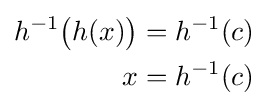
{\begin{aligned}h^{-1}{\bigl (}h(x){\bigr )}&=h^{-1}(c)\\x&=h^{-1}(c)\\\end{aligned}}